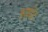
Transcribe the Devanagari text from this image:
हाइद्रेट